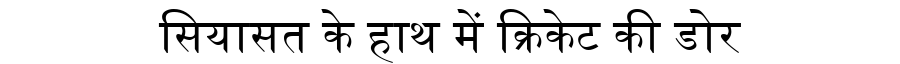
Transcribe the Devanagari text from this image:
सियासत के हाथ में क्रिकेट की डोर